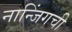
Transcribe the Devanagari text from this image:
नान्जिंगची